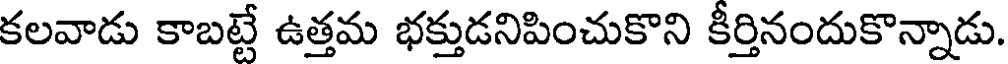
కలవాడు కాబట్టే ఉత్తమ భక్తుడనిపించుకొని కీర్తినందుకొన్నాడు.